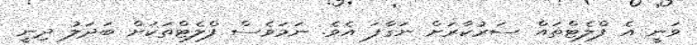
ވަނީ އެ ފްލެޓްތައް ސަރުކާރަށް ނަގާފަ އެވެ. ނަމަވެސް ފްލެޓްތަކަށް ބަދަލު ދިނީ